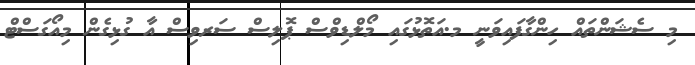
މި ސެޝަންތައް ހިންގާފައިވަނީ މ.އަތޮޅުގައި މޯލްޑިވްސް ޕޮލިސް ސަރވިސް އާ ގުޅިގެން މިއޯގަސްޓް